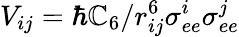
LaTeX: {V}_{ij}=\hbar\mathbb{C}_{6}/r_{ij}^{6}{\sigma}_{ee}^{i}{\sigma}_{ee}^{j}